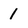
Character: 1